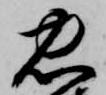
忠